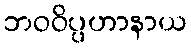
ဘဝဝိပ္ပဟာနာယ